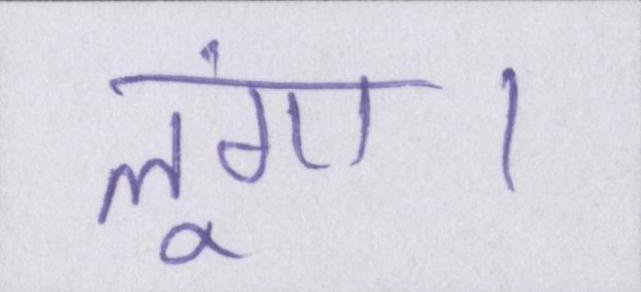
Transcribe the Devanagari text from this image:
लूंगा।